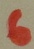
Text: 6